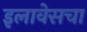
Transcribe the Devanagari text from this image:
इलावेसचा